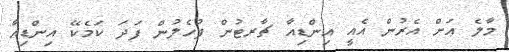
މާލެ އަށް އެރުން އެއީ އިންޑިއާ ޗާރޓުން ފުހެލުން ފަދަ ކަމެކޭ އިންޑިއާ